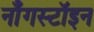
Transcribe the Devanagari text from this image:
नॉँगस्टॉइन